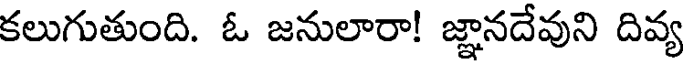
కలుగుతుంది. ఓ జనులారా! జ్ఞానదేవుని దివ్య